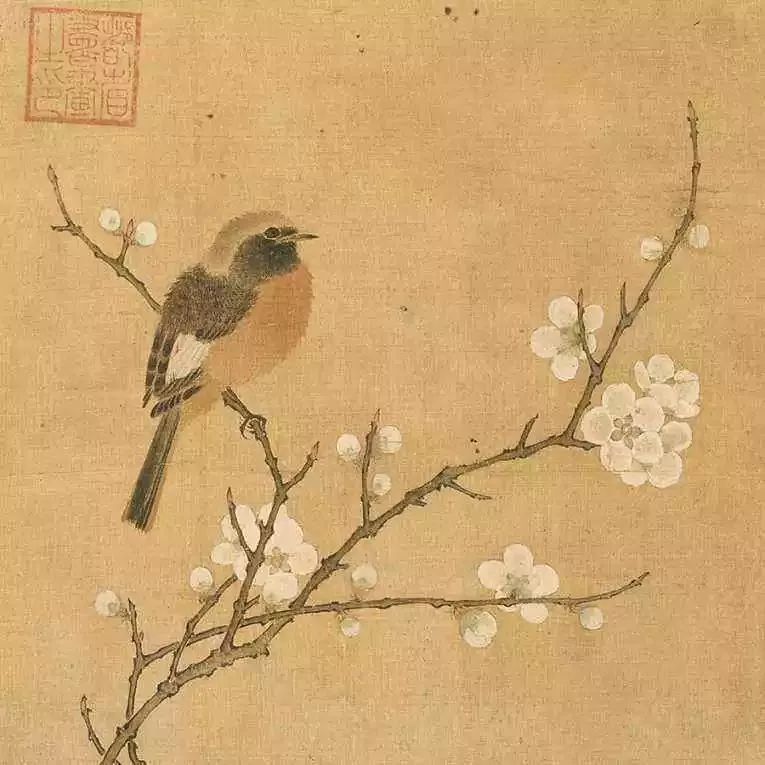
两行疏柳，一丝残照，万点鸦栖。